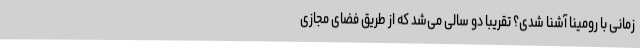
زمانی با رومینا آشنا شدی؟ تقریبا دو سالی می‌شد که از طریق فضای مجازی